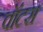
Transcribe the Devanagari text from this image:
वॉटस